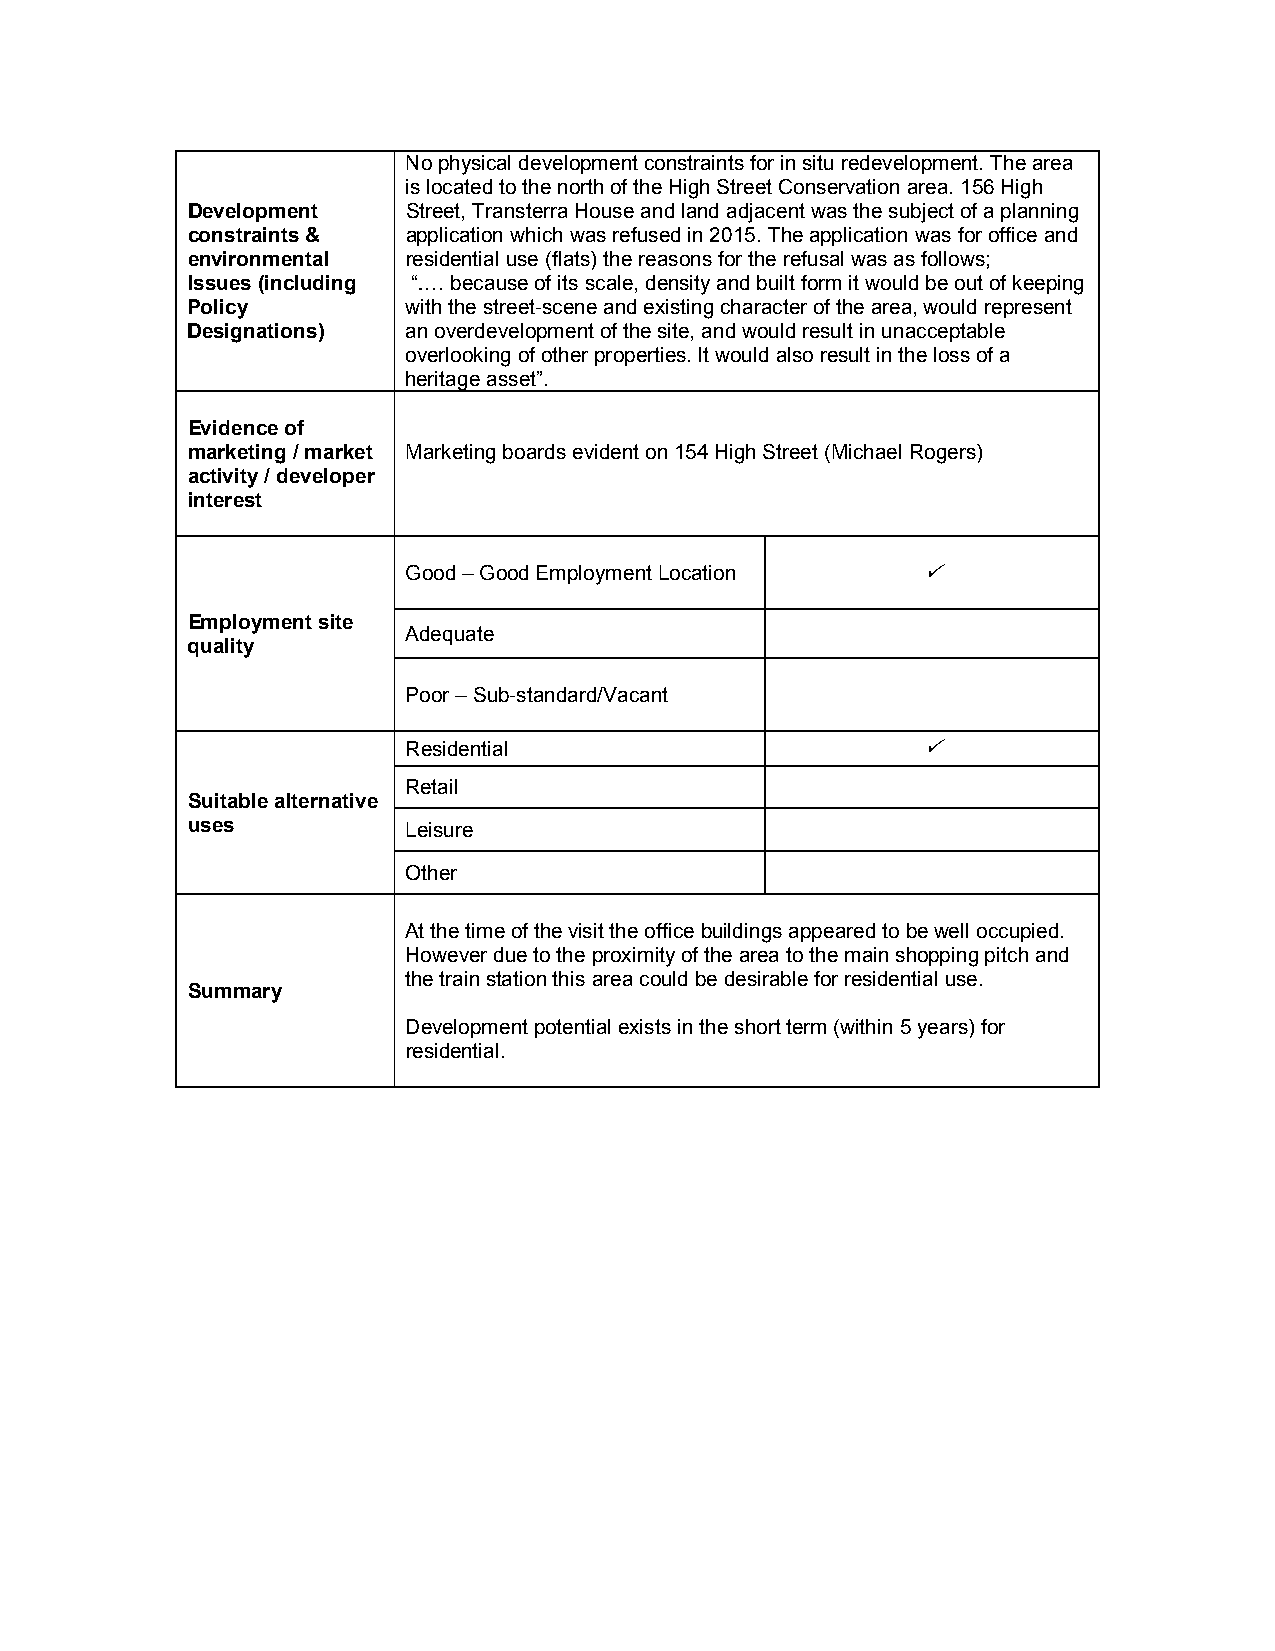
No physical development constraints for in situ redevelopment. The area
 is located to the north of the High Street Conservation area. 156 High
 Development    Street, Transterra House and land adjacent was the subject of a planning
 constraints &  application which was refused in 2015. The application was for office and
 environmental  residential use (flats) the reasons for the refusal was as follows;
 Issues (including “…. because of its scale, density and built form it would be out of keeping
 Policy         with the street-scene and existing character of the area, would represent
 Designations)  an overdevelopment of the site, and would result in unacceptable
 overlooking of other properties. It would also result in the loss of a
 heritage asset”.
 Evidence of
 marketing / market Marketing boards evident on 154 High Street (Michael Rogers)
 activity / developer
 interest
 Good – Good Employment Location   
 Employment site
 Adequate
 quality
 Poor – Sub-standard/Vacant
 Residential                       
 Retail
 Suitable alternative
 uses           Leisure
 Other
 At the time of the visit the office buildings appeared to be well occupied.
 However due to the proximity of the area to the main shopping pitch and
 the train station this area could be desirable for residential use.
 Summary
 Development potential exists in the short term (within 5 years) for
 residential.